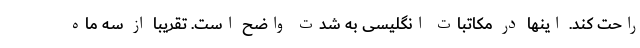
راحت کند. اینها در مکاتبات انگلیسی به شدت واضح است. تقریبا از سه ماه